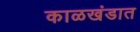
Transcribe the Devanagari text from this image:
काळखंडात